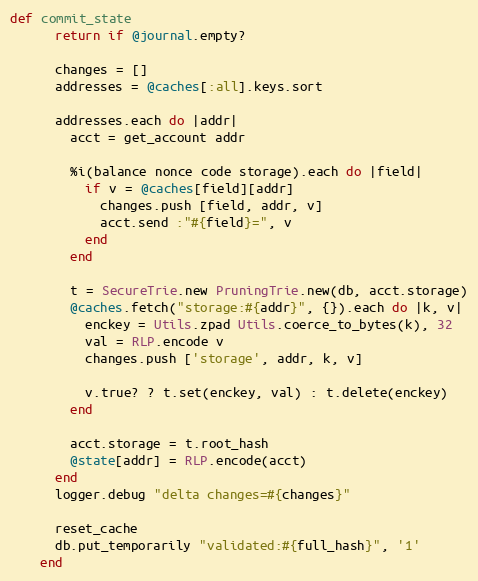
Language: Ruby
def commit_state
      return if @journal.empty?

      changes = []
      addresses = @caches[:all].keys.sort

      addresses.each do |addr|
        acct = get_account addr

        %i(balance nonce code storage).each do |field|
          if v = @caches[field][addr]
            changes.push [field, addr, v]
            acct.send :"#{field}=", v
          end
        end

        t = SecureTrie.new PruningTrie.new(db, acct.storage)
        @caches.fetch("storage:#{addr}", {}).each do |k, v|
          enckey = Utils.zpad Utils.coerce_to_bytes(k), 32
          val = RLP.encode v
          changes.push ['storage', addr, k, v]

          v.true? ? t.set(enckey, val) : t.delete(enckey)
        end

        acct.storage = t.root_hash
        @state[addr] = RLP.encode(acct)
      end
      logger.debug "delta changes=#{changes}"

      reset_cache
      db.put_temporarily "validated:#{full_hash}", '1'
    end